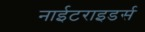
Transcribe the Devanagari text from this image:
नाईटराइडर्स